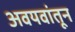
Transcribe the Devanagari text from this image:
अवयवांतून